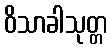
ဝိသာခါသုတ္တ